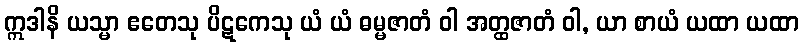
ဣဒါနိ ယသ္မာ ဧတေသု ပိဋကေသု ယံ ယံ ဓမ္မဇာတံ ဝါ အတ္ထဇာတံ ဝါ, ယာ စာယံ ယထာ ယထာ